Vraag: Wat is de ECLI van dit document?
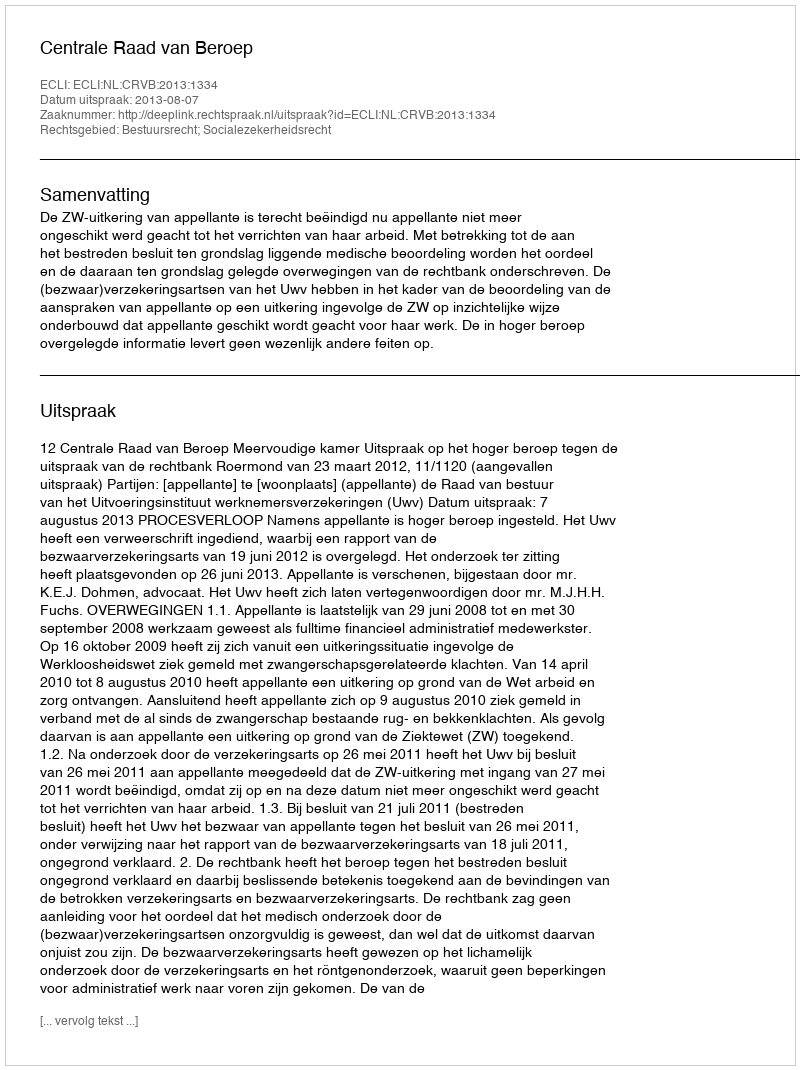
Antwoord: ECLI:NL:CRVB:2013:1334